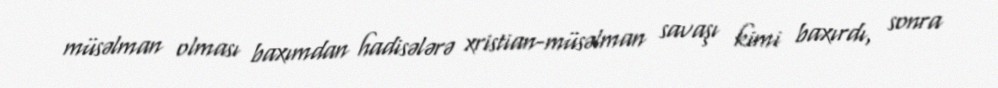
müsəlman olması baxımdan hadisələrə xristian-müsəlman savaşı kimi baxırdı, sonra